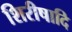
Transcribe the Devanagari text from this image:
शिरीषादि